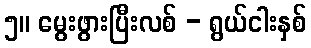
၅။ မွေးဖွားပြီးလစ် - ရွယ်ငါးနှစ်